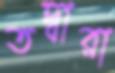
তদ্বারা